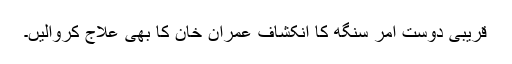
قریبی دوست امر سنگھ کا انکشاف عمران خان کا بھی علاج کروالیں۔